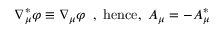
\nabla _ { \mu } ^ { \ast } \varphi \equiv \nabla _ { \mu } \varphi \, \, \, , \, \, \mathrm { h e n c e , } \, \, \, A _ { \mu } = - A _ { \mu } ^ { \ast }